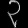
Digit: ၃